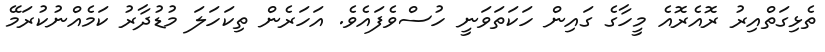
ތެޅިގަތްއިރު ރޮއެރޮއެ މީހާގެ ގައިން ހަކަތަވަނީ ހުސްވެފައެވެ. އަހަރެން ތިކަހަލަ މުޑުދާރު ކަމެއްނުކުރަމޭ